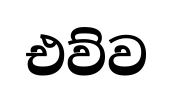
එව්ව